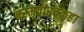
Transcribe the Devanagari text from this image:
परमवीरचक्रहा